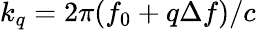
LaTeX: k_{q}=2\pi(f_{0}+q\Delta f)/c